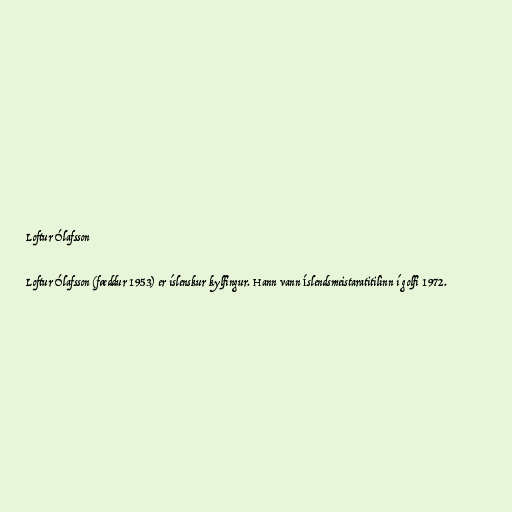
Loftur Ólafsson

Loftur Ólafsson (fæddur 1953) er íslenskur kylfingur. Hann vann Íslendsmeistaratitilinn í golfi 1972.